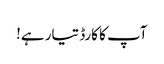
آپ کا کارڈ تیار ہے!